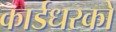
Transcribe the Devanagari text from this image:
कार्डधरकों